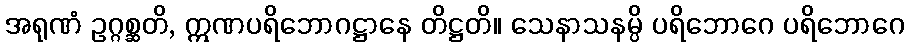
အရုဏံ ဥဂ္ဂစ္ဆတိ, ဣဏပရိဘောဂဋ္ဌာနေ တိဋ္ဌတိ။ သေနာသနမ္ပိ ပရိဘောဂေ ပရိဘောဂေ